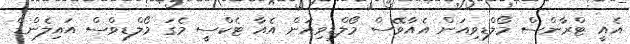
އެއީ ޓްރާންސް މޯލްޑިވިއަން އެއާވޭސް މޯލްޑިވިއަން އެއާ ޓެކްސީ މެގަ މޯލްޑިވްސް އައިލެންޑް